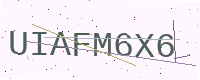
Text: UIAFM6X6